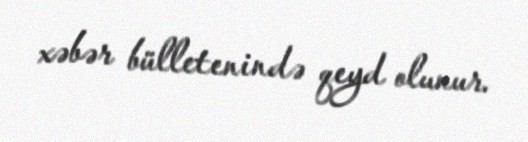
xəbər bülletenində qeyd olunur.